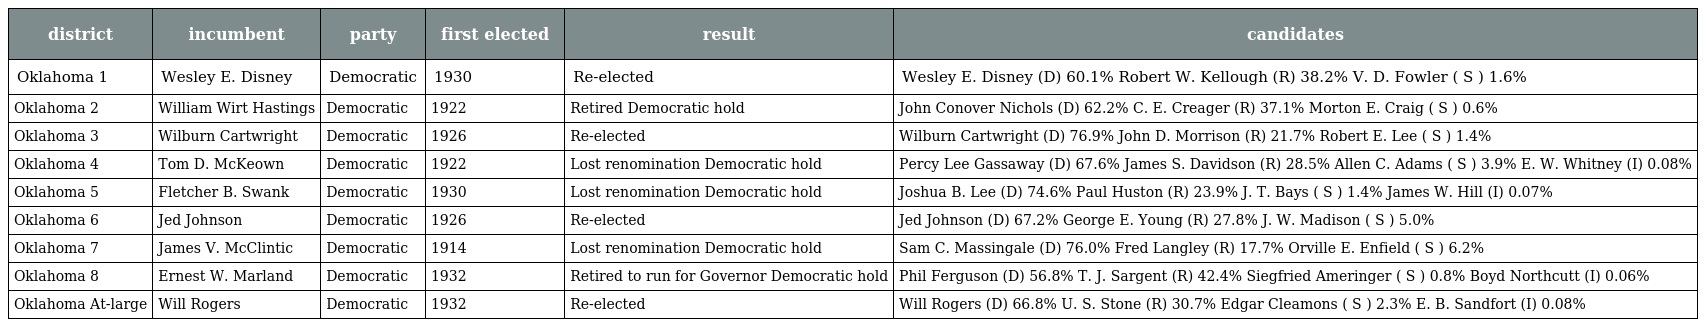
| district | incumbent | party | first elected | result | candidates |
 | --- | --- | --- | --- | --- | --- |
 | Oklahoma 1 | Wesley E. Disney | Democratic | 1930 | Re-elected | Wesley E. Disney (D) 60.1% Robert W. Kellough (R) 38.2% V. D. Fowler ( S ) 1.6% |
 | Oklahoma 2 | William Wirt Hastings | Democratic | 1922 | Retired Democratic hold | John Conover Nichols (D) 62.2% C. E. Creager (R) 37.1% Morton E. Craig ( S ) 0.6% |
 | Oklahoma 3 | Wilburn Cartwright | Democratic | 1926 | Re-elected | Wilburn Cartwright (D) 76.9% John D. Morrison (R) 21.7% Robert E. Lee ( S ) 1.4% |
 | Oklahoma 4 | Tom D. McKeown | Democratic | 1922 | Lost renomination Democratic hold | Percy Lee Gassaway (D) 67.6% James S. Davidson (R) 28.5% Allen C. Adams ( S ) 3.9% E. W. Whitney (I) 0.08% |
 | Oklahoma 5 | Fletcher B. Swank | Democratic | 1930 | Lost renomination Democratic hold | Joshua B. Lee (D) 74.6% Paul Huston (R) 23.9% J. T. Bays ( S ) 1.4% James W. Hill (I) 0.07% |
 | Oklahoma 6 | Jed Johnson | Democratic | 1926 | Re-elected | Jed Johnson (D) 67.2% George E. Young (R) 27.8% J. W. Madison ( S ) 5.0% |
 | Oklahoma 7 | James V. McClintic | Democratic | 1914 | Lost renomination Democratic hold | Sam C. Massingale (D) 76.0% Fred Langley (R) 17.7% Orville E. Enfield ( S ) 6.2% |
 | Oklahoma 8 | Ernest W. Marland | Democratic | 1932 | Retired to run for Governor Democratic hold | Phil Ferguson (D) 56.8% T. J. Sargent (R) 42.4% Siegfried Ameringer ( S ) 0.8% Boyd Northcutt (I) 0.06% |
 | Oklahoma At-large | Will Rogers | Democratic | 1932 | Re-elected | Will Rogers (D) 66.8% U. S. Stone (R) 30.7% Edgar Cleamons ( S ) 2.3% E. B. Sandfort (I) 0.08% |